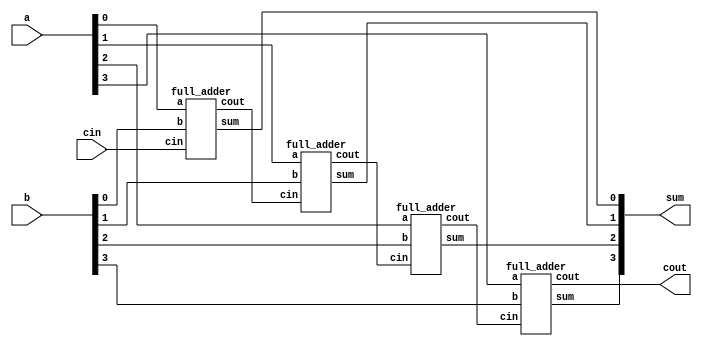
`timescale 1ns / 1ps

module RCA(a,b,cin,sum,cout);
input [3:0] a,b;
input cin;
output [3:0] sum;
output cout;

wire c1,c2,c3;

//instances of full adder
full_adder f0(a[0],b[0],cin,sum[0],c1);
full_adder f1(a[1],b[1],c1,sum[1],c2);
full_adder f2(a[2],b[2],c2,sum[2],c3);
full_adder f3(a[3],b[3],c3,sum[3],cout);

endmodule


module full_adder(a,b,cin,sum,cout);
input a,b,cin;
output sum,cout;

assign sum = a^b^cin;
assign cout = a&b | b&cin | a&cin; 
endmodule